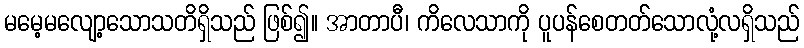
မမေ့မလျော့သောသတိရှိသည် ဖြစ်၍။ အာတာပီ၊ ကိလေသာကို ပူပန်စေတတ်သောလုံ့လရှိသည်